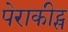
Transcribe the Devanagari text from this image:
पेराकीट्स